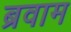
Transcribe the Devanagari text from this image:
ब्रवाम